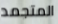
المتجمد